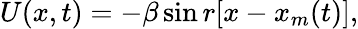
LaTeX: U(x,t)=-\beta\sin{r[x-x_{m}(t)]},